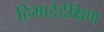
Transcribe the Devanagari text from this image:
हिमाद्रेर्दक्षिण